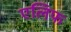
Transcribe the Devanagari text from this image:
एलिफ